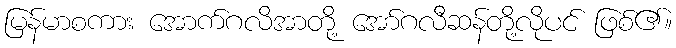
မြန်မာစကား အောက်ဂလိအာတို့ အော်ဂလီဆန်တို့လိုပင် ဖြစ်၏။